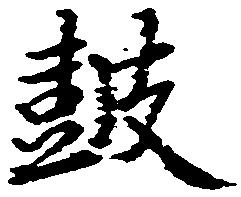
鼓